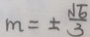
m = \pm \frac { \sqrt { 6 } } { 3 }